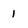
Character: 1